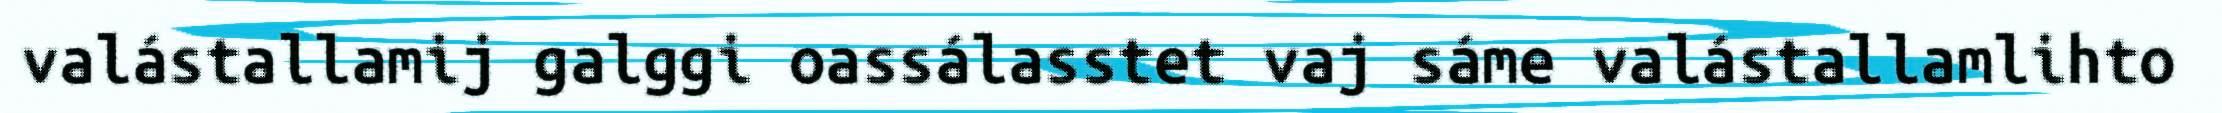
valástallamij galggi oassálasstet vaj sáme valástallamlihto